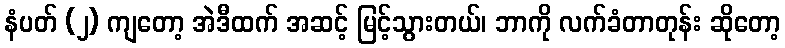
နံပတ် (၂) ကျတော့ အဲဒီထက် အဆင့် မြင့်သွားတယ်၊ ဘာကို လက်ခံတာတုန်း ဆိုတော့